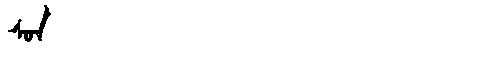
Manchu: ᠰᠣᠨ
Romanization: SON